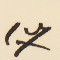
17